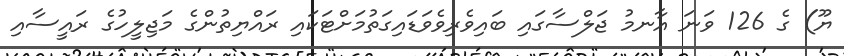
ޔޫ) ގެ 126 ވަނަ އާނމު ޖަލްސާގައި ބައިވެރިވެވަޑައިގަތުމަށްޓަކައި ރައްޔިތުންގެ މަޖިލީހުގެ ރައީސާއި